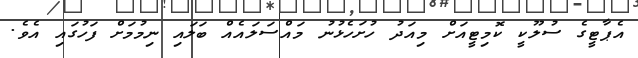
އެޕާޓީގެ ސުލޫކީ ކޮމިޓީއަށް މިއަދު ހުށަހެޅުނު މައްސަލައެއް ބަލައި ނިމުމަށް ފަހުގައި އެވެ.